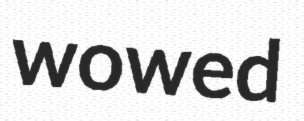
wowed